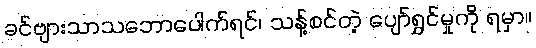
ခင်ဗျားသာသဘောပေါက်ရင်၊ သန့်စင်တဲ့ ပျော်ရွှင်မှုကို ရမှာ။